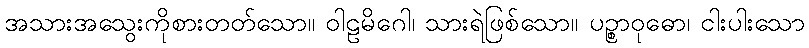
အသားအသွေးကိုစားတတ်သော။ ဝါဠမိဂေါ၊ သားရဲဖြစ်သော။ ပဉ္စာဝုဓော၊ ငါးပါးသော